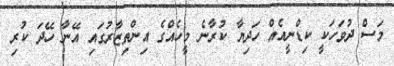
މަސް ދުވަހަކީ ކިޑްނީއެއް ހަދިޔާ ކުރާނެ މީހެއްގެ އިންތިޒާރުގައި އޭނާ ހޭދަ ކުރި